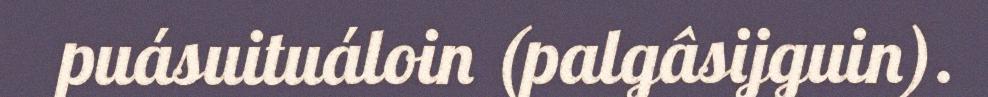
puásuituáloin (palgâsijguin).